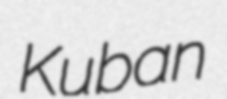
Kuban